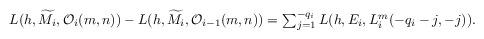
LaTeX: \begin{align*} \mbox{\footnotesize$L(h,\widetilde{M_{i}},\mathcal{O}_{i}(m,n))-L(h,\widetilde{M_{i}},\mathcal{O}_{i-1}(m,n))=\sum_{j=1}^{-q_{i}}L(h,E_{i},L_{i}^{m}(-q_{i}-j,-j)).$} \end{align*}